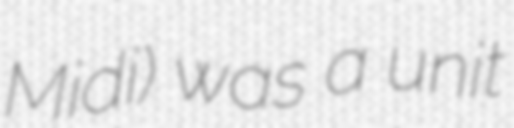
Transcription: Midi) was a unit